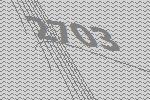
2703